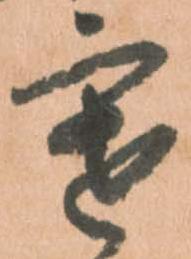
寒